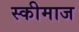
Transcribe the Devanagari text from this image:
स्कीमाज